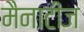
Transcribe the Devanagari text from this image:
मैनाटीज